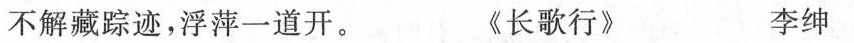
不解藏踪迹，浮萍一道开。 《长歌行》 李绅